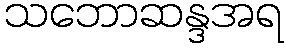
သဘောဆန္ဒအရ